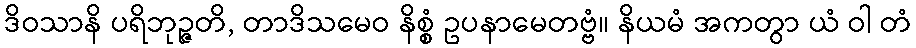
ဒိဝသာနိ ပရိဘုဉ္ဇတိ, တာဒိသမေဝ နိစ္စံ ဥပနာမေတဗ္ဗံ။ နိယမံ အကတွာ ယံ ဝါ တံ